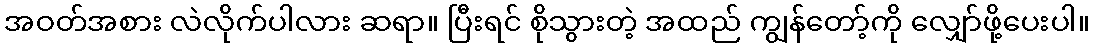
အဝတ်အစား လဲလိုက်ပါလား ဆရာ။ ပြီးရင် စိုသွားတဲ့ အထည် ကျွန်တော့်ကို လျှော်ဖို့ပေးပါ။